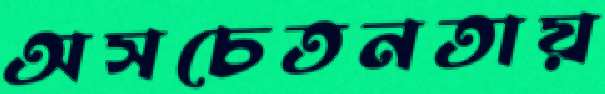
অসচেতনতায়